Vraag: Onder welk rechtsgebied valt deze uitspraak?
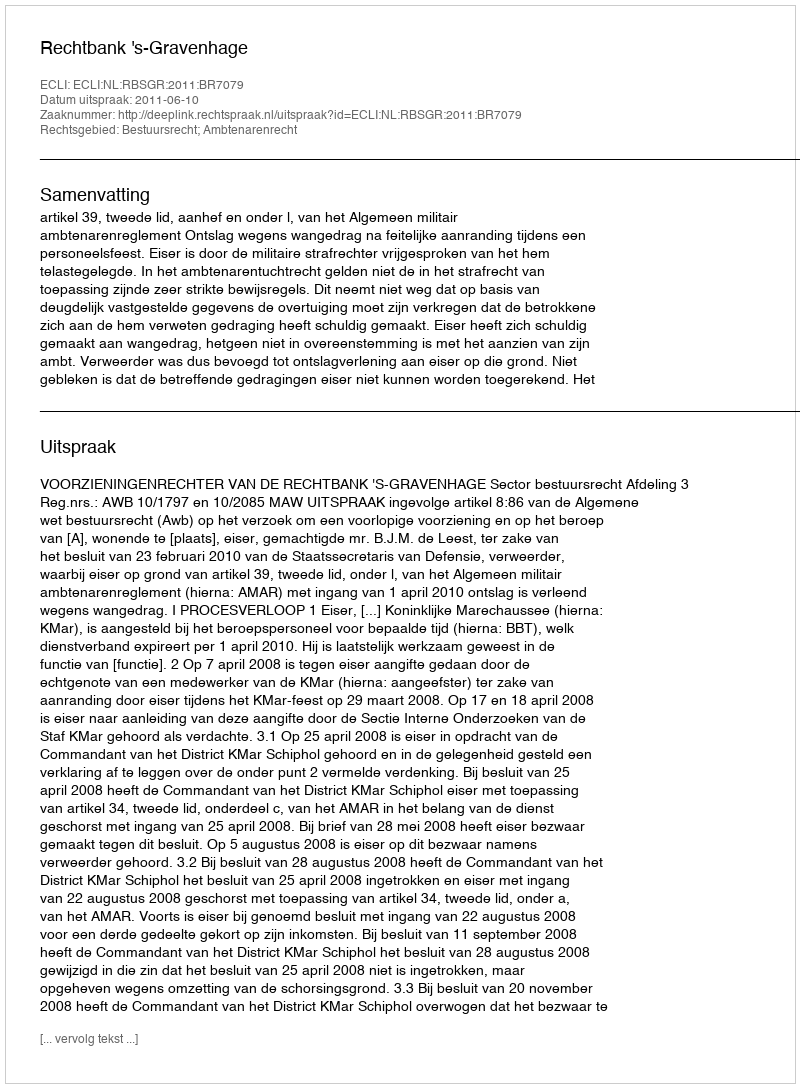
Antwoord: Bestuursrecht; Ambtenarenrecht